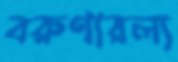
বরুণারল্য